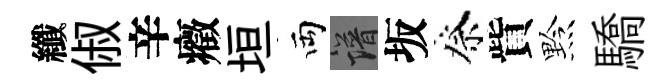
纖俶辛癥垣両譜坂祭貲黔驕